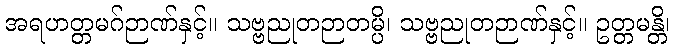
အရဟတ္တမဂ်ဉာဏ်နှင့်။ သဗ္ဗညုတဉာတမ္ပိ၊ သဗ္ဗညုတဉာဏ်နှင့်။ ဥတ္တမန္တိ၊